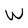
Character: W